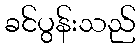
ခင်ပွန်းသည်